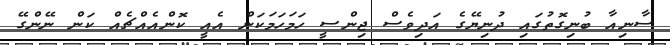
ސާނިއާ ބުނިގޮތުގައި ދުނިޔޭގެ އަދިވެސް ޖިންސީ ހަމަހަމަކަން އެއީ ކޮންއެއްޗެއް ކަން ނޭންގޭ